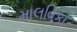
માલવિકા